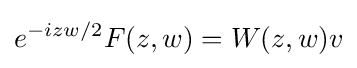
e^{-izw/2}F(z,w)=W(z,w)v